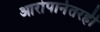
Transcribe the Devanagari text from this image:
आरोपानंतरही